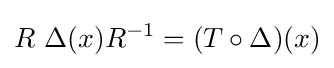
R\ \Delta (x)R^{-1}=(T\circ \Delta )(x)